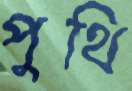
পুথি